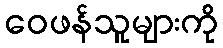
ဝေဖန်သူများကို